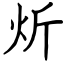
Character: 炘